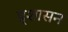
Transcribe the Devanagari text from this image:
प्र्शासन